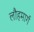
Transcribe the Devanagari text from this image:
लौहमार्ग